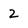
Character: 2